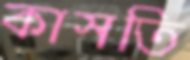
কাসতি